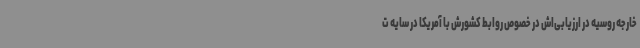
خارجه روسیه در ارزیابی‌اش در خصوص روابط کشورش با آمریکا در سایه ت